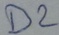
Text: D2